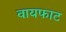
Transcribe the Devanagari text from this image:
वायफाट